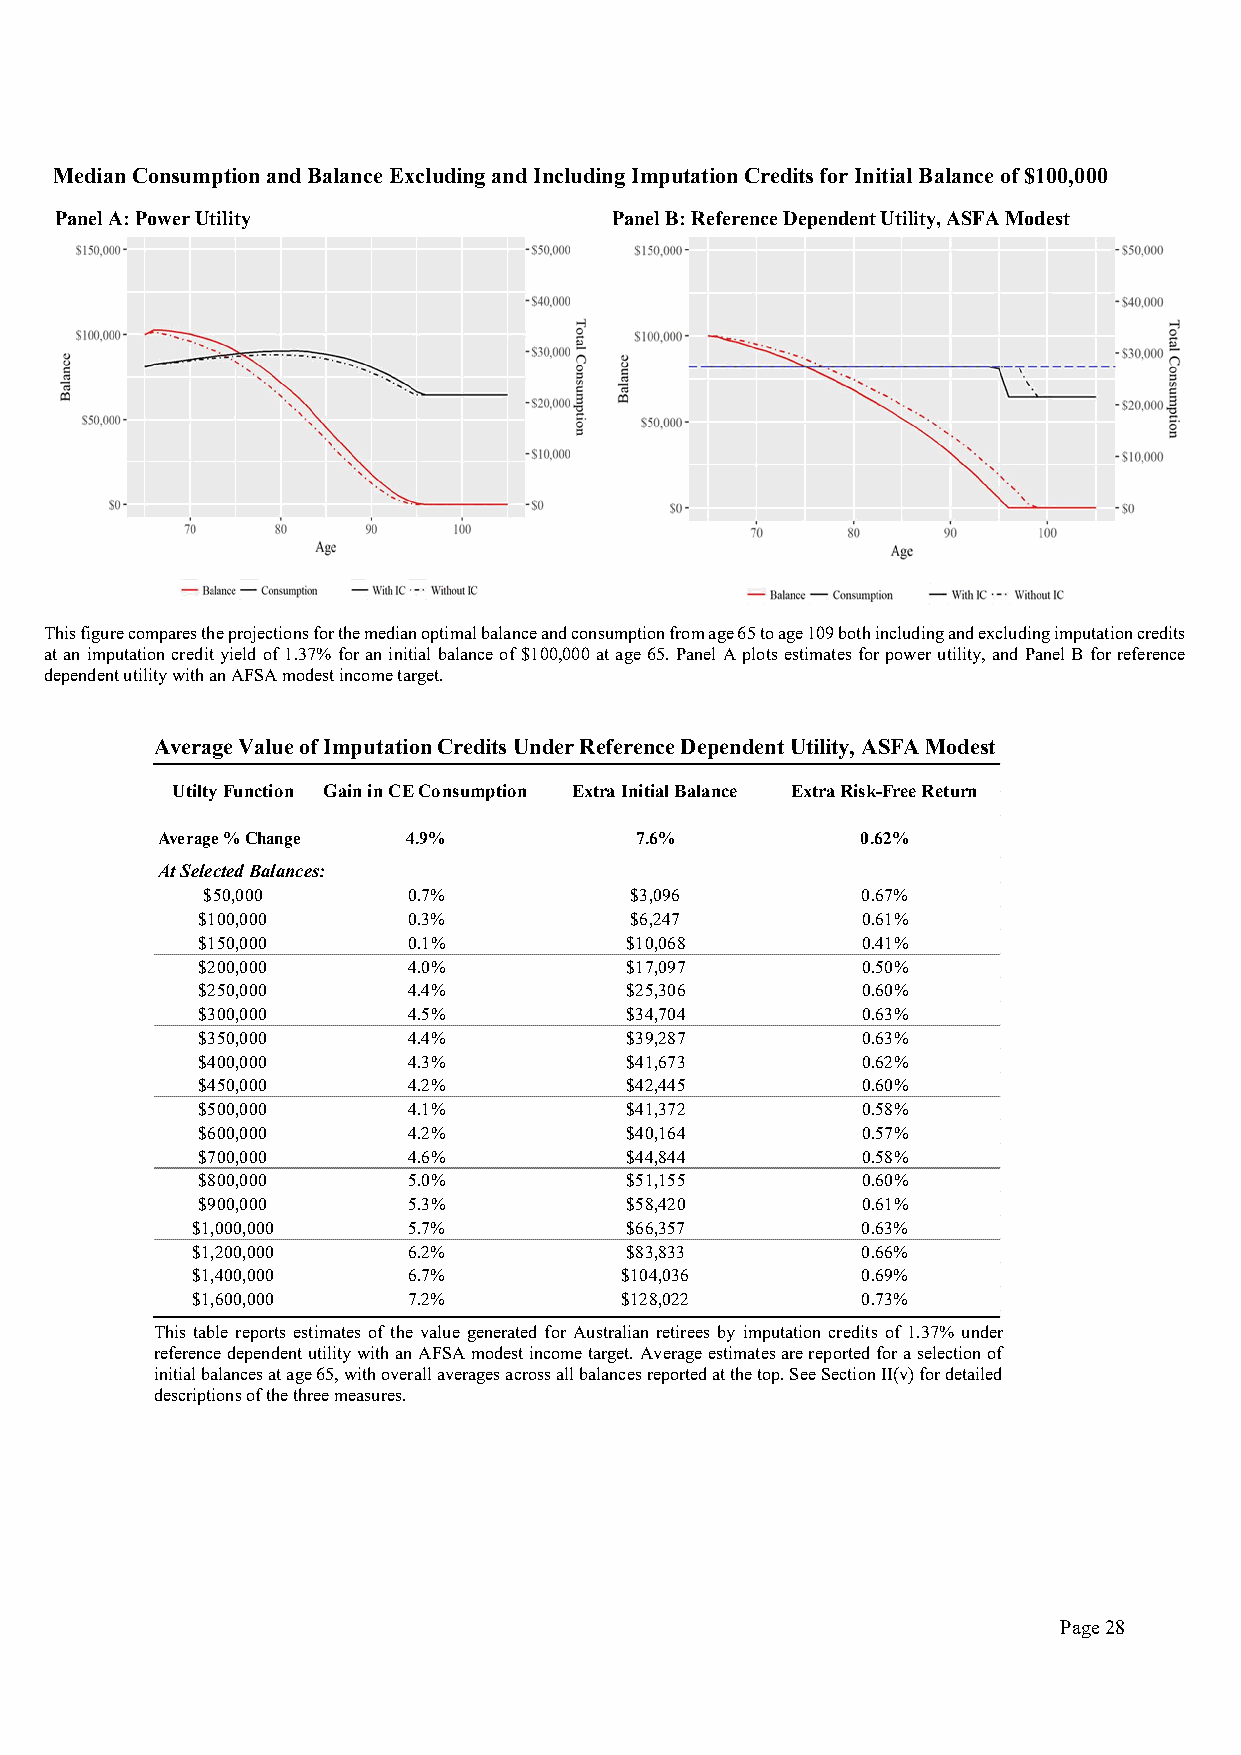
Median Consumption and Balance Excluding and Including Imputation Credits for Initial Balance of $100,000
 Panel A: Power Utility               Panel B: Reference Dependent Utility, ASFA Modest
 This figure compares the projections for the median optimal balance and consumption from age 65 to age 109 both including and excluding imputation credits
 at an imputation credit yield of 1.37% for an initial balance of $100,000 at age 65. Panel A plots estimates for power utility, and Panel B for reference
 dependent utility with an AFSA modest income target.
 Average Value of Imputation Credits Under Reference Dependent Utility, ASFA Modest
 Utilty Function Gain in CE Consumption Extra Initial Balance Extra Risk-Free Return
 Average % Change 4.9%           7.6%           0.62%
 At Selected Balances:
 $50,000       0.7%           $3,096         0.67%
 $100,000      0.3%           $6,247         0.61%
 $150,000      0.1%          $10,068         0.41%
 $200,000      4.0%          $17,097         0.50%
 $250,000      4.4%          $25,306         0.60%
 $300,000      4.5%          $34,704         0.63%
 $350,000      4.4%          $39,287         0.63%
 $400,000      4.3%          $41,673         0.62%
 $450,000      4.2%          $42,445         0.60%
 $500,000      4.1%          $41,372         0.58%
 $600,000      4.2%          $40,164         0.57%
 $700,000      4.6%          $44,844         0.58%
 $800,000      5.0%          $51,155         0.60%
 $900,000      5.3%          $58,420         0.61%
 $1,000,000    5.7%          $66,357         0.63%
 $1,200,000    6.2%          $83,833         0.66%
 $1,400,000    6.7%          $104,036        0.69%
 $1,600,000    7.2%          $128,022        0.73%
 This table reports estimates of the value generated for Australian retirees by imputation credits of 1.37% under
 reference dependent utility with an AFSA modest income target. Average estimates are reported for a selection of
 initial balances at age 65, with overall averages across all balances reported at the top. See Section II(v) for detailed
 descriptions of the three measures.
 Page 28